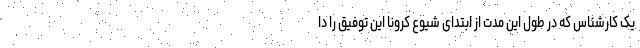
یک کارشناس که در طول این مدت از ابتدای شیوع کرونا این توفیق را دا